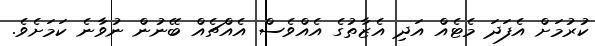
ކުރުމަށް އެފަދަ މެޓެއް އަދި އެޒާތުގެ އެއްވެސް އެއްޗެއް ބޭނުން ނުވާނެ ކަމަށެވެ.